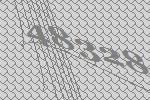
48328